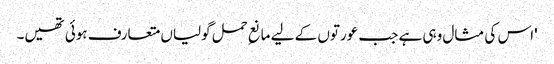
'اس کی مثال وہی ہے جب عورتوں کے لیے مانعِ حمل گولیاں متعارف ہوئی تھیں۔